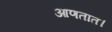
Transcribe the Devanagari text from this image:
आणतात।